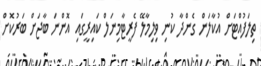
ތިލަފުއްޓަށް އުކާލަން ގެންދާ ކުނި ވިލިމާލޭ ފެރީޓާމިނަލް ކައިރީގައި އޮންނަ ބާޖަށް ބަރުކޮށް